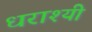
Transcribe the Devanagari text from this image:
धराश्यी